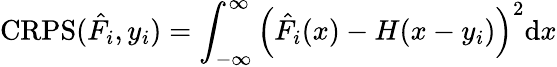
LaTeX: \mathrm{CRPS}(\hat{F}_{i},y_{i})=\int_{-\infty}^{\infty}\left(\hat{F}_{i}(x)-H(x-y_{i})\right)^{2}\mathrm{d}x